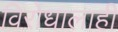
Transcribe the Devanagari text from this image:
विरोधालाही